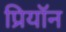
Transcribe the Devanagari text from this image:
प्रियॉन